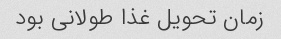
زمان تحویل غذا طولانی بود